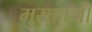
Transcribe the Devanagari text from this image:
मुसावयी